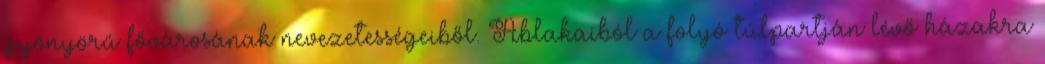
gyönyörű fővárosának nevezetességeiből. Ablakaiból a folyó túlpartján lévő házakra